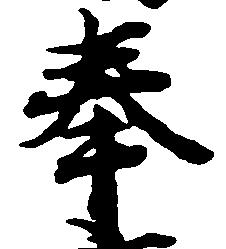
奉